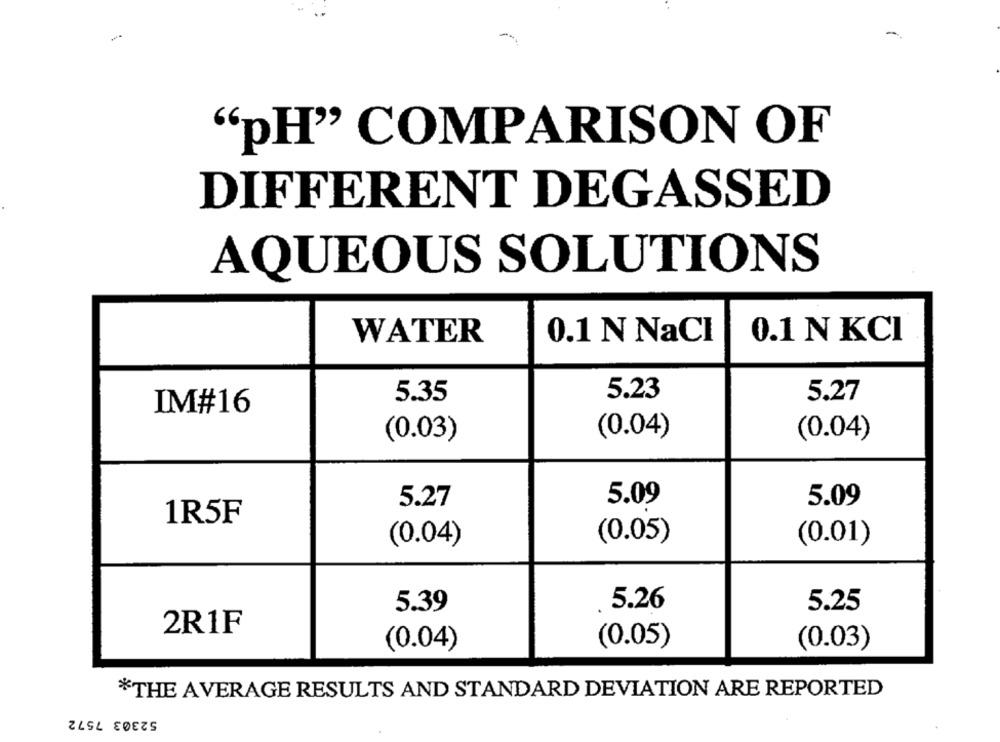
"pH" COMPARISON OF
DIFFERENT DEGASSED
AQUEOUS SOLUTIONS
WATER
0.1 N NaCI
0.1 N KCI
5.23
5.35
5.27
IM#16
(0.03)
(0.04)
(0.04)
5.27
5.09
5.09
1R5F
(0.04)
(0.05)
(0.01)
5.39
5.26
5.25
2R1F
(0.04)
(0.05)
(0.03)
*THE AVERAGE RESULTS AND STANDARD DEVIATION ARE REPORTED
52303 7572